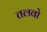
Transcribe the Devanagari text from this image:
तलवो